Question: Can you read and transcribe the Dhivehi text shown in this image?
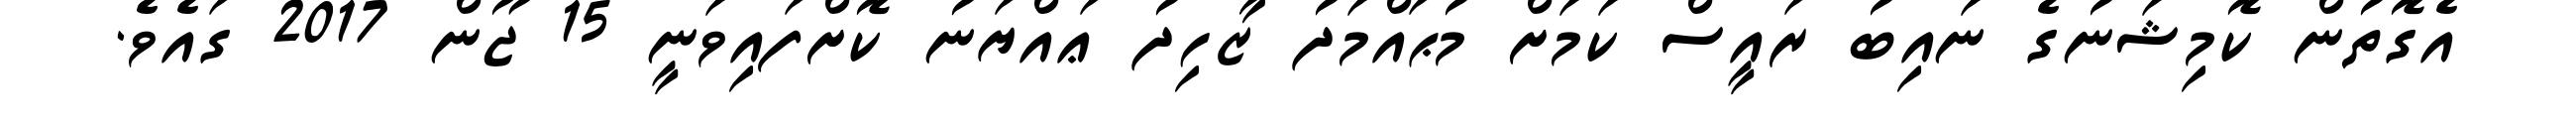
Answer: އެގޮތުން ކޮމިޝަނުގެ ނައިބު ރައީސް ކަމަށް މުޙައްމަދު ޒާހިދު ޢައްޔަނު ކޮށްފައިވަނީ 15 ޖޫން 2017 ގައެވެ.